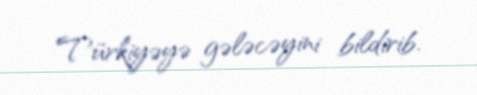
Türkiyəyə gələcəyini bildirib.